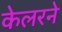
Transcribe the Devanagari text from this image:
केलरने